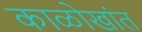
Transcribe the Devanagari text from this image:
काळोखांत